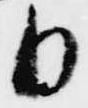
日